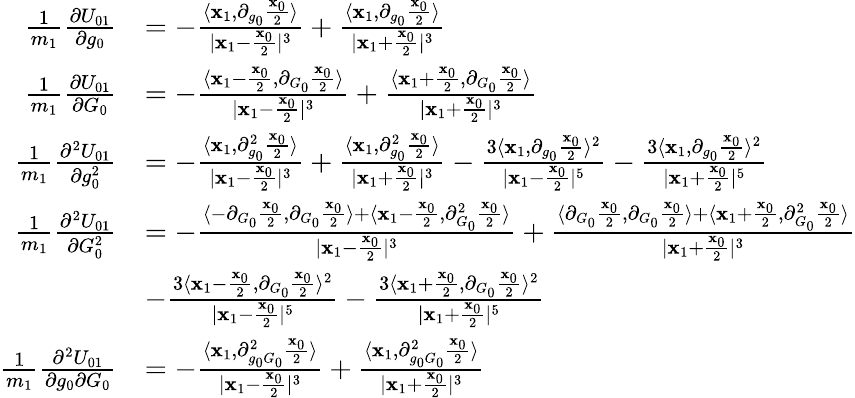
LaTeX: \begin{array}{rl}{\frac{1}{m_{1}}\frac{\partial U_{01}}{\partial g_{0}}}&{=-\frac{\langle\mathbf{x}_{1},\partial_{g_{0}}\frac{\mathbf{x}_{0}}{2}\rangle}{|\mathbf{x}_{1}-\frac{\mathbf{x}_{0}}{2}|^{3}}+\frac{\langle\mathbf{x}_{1},\partial_{g_{0}}\frac{\mathbf{x}_{0}}{2}\rangle}{|\mathbf{x}_{1}+\frac{\mathbf{x}_{0}}{2}|^{3}}}\\ {\frac{1}{m_{1}}\frac{\partial U_{01}}{\partial G_{0}}}&{=-\frac{\langle\mathbf{x}_{1}-\frac{\mathbf{x}_{0}}{2},\partial_{G_{0}}\frac{\mathbf{x}_{0}}{2}\rangle}{|\mathbf{x}_{1}-\frac{\mathbf{x}_{0}}{2}|^{3}}+\frac{\langle\mathbf{x}_{1}+\frac{\mathbf{x}_{0}}{2},\partial_{G_{0}}\frac{\mathbf{x}_{0}}{2}\rangle}{|\mathbf{x}_{1}+\frac{\mathbf{x}_{0}}{2}|^{3}}}\\ {\frac{1}{m_{1}}\frac{\partial^{2}U_{01}}{\partial g_{0}^{2}}}&{=-\frac{\langle\mathbf{x}_{1},\partial_{g_{0}}^{2}\frac{\mathbf{x}_{0}}{2}\rangle}{|\mathbf{x}_{1}-\frac{\mathbf{x}_{0}}{2}|^{3}}+\frac{\langle\mathbf{x}_{1},\partial_{g_{0}}^{2}\frac{\mathbf{x}_{0}}{2}\rangle}{|\mathbf{x}_{1}+\frac{\mathbf{x}_{0}}{2}|^{3}}-\frac{3\langle\mathbf{x}_{1},\partial_{g_{0}}\frac{\mathbf{x}_{0}}{2}\rangle^{2}}{|\mathbf{x}_{1}-\frac{\mathbf{x}_{0}}{2}|^{5}}-\frac{3\langle\mathbf{x}_{1},\partial_{g_{0}}\frac{\mathbf{x}_{0}}{2}\rangle^{2}}{|\mathbf{x}_{1}+\frac{\mathbf{x}_{0}}{2}|^{5}}}\\ {\frac{1}{m_{1}}\frac{\partial^{2}U_{01}}{\partial G_{0}^{2}}}&{=-\frac{\langle-\partial_{G_{0}}\frac{\mathbf{x}_{0}}{2},\partial_{G_{0}}\frac{\mathbf{x}_{0}}{2}\rangle+\langle\mathbf{x}_{1}-\frac{\mathbf{x}_{0}}{2},\partial_{G_{0}}^{2}\frac{\mathbf{x}_{0}}{2}\rangle}{|\mathbf{x}_{1}-\frac{\mathbf{x}_{0}}{2}|^{3}}+\frac{\langle\partial_{G_{0}}\frac{\mathbf{x}_{0}}{2},\partial_{G_{0}}\frac{\mathbf{x}_{0}}{2}\rangle+\langle\mathbf{x}_{1}+\frac{\mathbf{x}_{0}}{2},\partial_{G_{0}}^{2}\frac{\mathbf{x}_{0}}{2}\rangle}{|\mathbf{x}_{1}+\frac{\mathbf{x}_{0}}{2}|^{3}}}\\ &{-\frac{3\langle\mathbf{x}_{1}-\frac{\mathbf{x}_{0}}{2},\partial_{G_{0}}\frac{\mathbf{x}_{0}}{2}\rangle^{2}}{|\mathbf{x}_{1}-\frac{\mathbf{x}_{0}}{2}|^{5}}-\frac{3\langle\mathbf{x}_{1}+\frac{\mathbf{x}_{0}}{2},\partial_{G_{0}}\frac{\mathbf{x}_{0}}{2}\rangle^{2}}{|\mathbf{x}_{1}+\frac{\mathbf{x}_{0}}{2}|^{5}}}\\ {\frac{1}{m_{1}}\frac{\partial^{2}U_{01}}{\partial g_{0}\partial G_{0}}}&{=-\frac{\langle\mathbf{x}_{1},\partial_{g_{0}G_{0}}^{2}\frac{\mathbf{x}_{0}}{2}\rangle}{|\mathbf{x}_{1}-\frac{\mathbf{x}_{0}}{2}|^{3}}+\frac{\langle\mathbf{x}_{1},\partial_{g_{0}G_{0}}^{2}\frac{\mathbf{x}_{0}}{2}\rangle}{|\mathbf{x}_{1}+\frac{\mathbf{x}_{0}}{2}|^{3}}}\end{array}